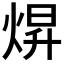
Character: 焺